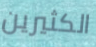
الكثيرين